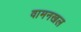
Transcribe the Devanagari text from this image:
वामनखल